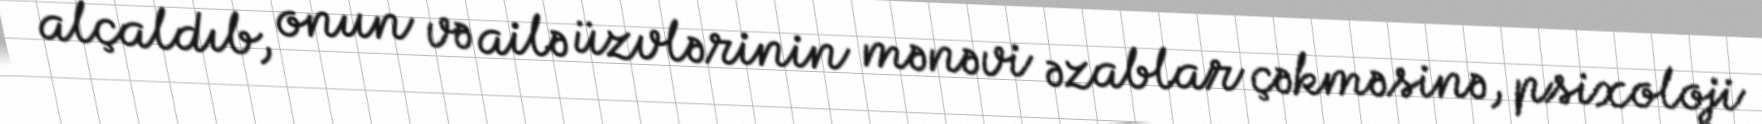
alçaldıb, onun və ailə üzvlərinin mənəvi əzablar çəkməsinə, psixoloji